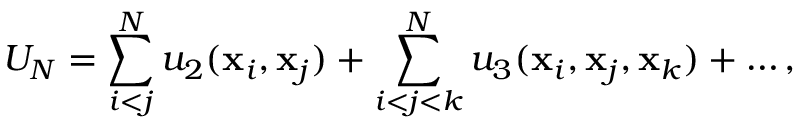
U _ { N } = \sum _ { i < j } ^ { N } u _ { 2 } ( \mathbf { x } _ { i } , \mathbf { x } _ { j } ) + \sum _ { i < j < k } ^ { N } u _ { 3 } ( \mathbf { x } _ { i } , \mathbf { x } _ { j } , \mathbf { x } _ { k } ) + \ldots ,